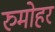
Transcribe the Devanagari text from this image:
रुमोहर